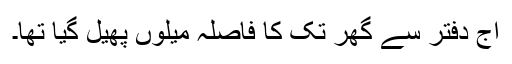
آج دفتر سے گھر تک کا فاصلہ میلوں پھیل گیا تھا۔